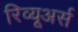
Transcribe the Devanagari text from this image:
रिव्यूअर्स